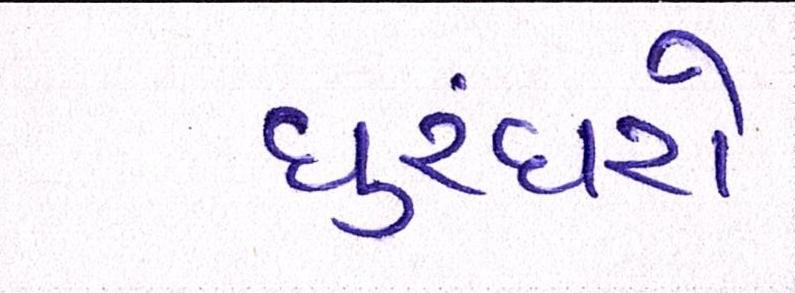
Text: ધુરંધરો